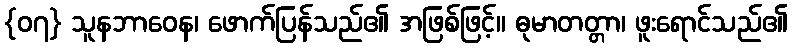
{၀၇} သူနဘာဝေန၊ ဖောက်ပြန်သည်၏ အဖြစ်ဖြင့်။ ဓုမာတတ္တာ၊ ဖူးရောင်သည်၏